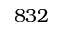
8 3 2